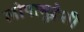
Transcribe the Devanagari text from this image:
लोपामुद्रेशी